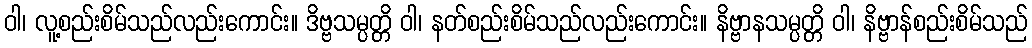
ဝါ၊ လူ့စည်းစိမ်သည်လည်းကောင်း။ ဒိဗ္ဗသမ္ပတ္တိ ဝါ၊ နတ်စည်းစိမ်သည်လည်းကောင်း။ နိဗ္ဗာနသမ္ပတ္တိ ဝါ၊ နိဗ္ဗာန်စည်းစိမ်သည်